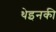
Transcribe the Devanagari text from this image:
थेइनकी